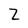
Character: Z